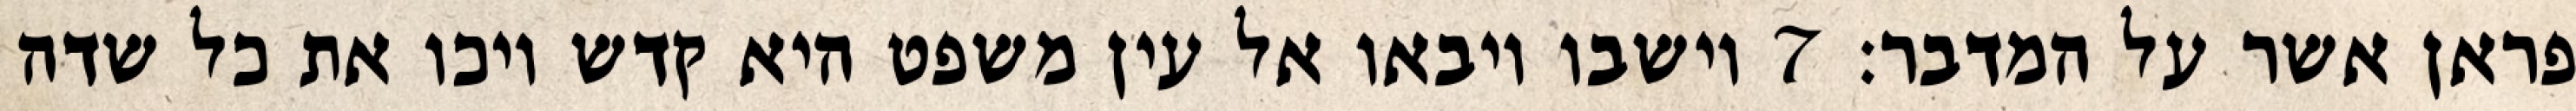
פראן אשר על המדבר׃ ‎7‏ וישבו ויבאו אל עין משפט היא קדש ויכו את כל שדה